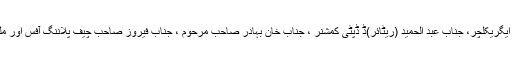
پروفیسر ڈاکٹر سلیم (ڈین ریٹائرڈ) قراقرم انٹر نیشل یونیورسٹی ، ڈاکٹر فضل الرحمان ڈائریکٹر ایگریکلچر، جناب عبد الحمید (ریٹائر)ڈ ڈپٹی کمشنر ، جناب خان بہادر صاحب مرحوم ، جناب فیروز صاحب چیف پلاننگ آفس اور ملک محمد مسکین صاحب سابق سپیکر کے نام قابل ذکر ہیں جن کا تعلق داریل تانگیر سے ہے۔